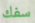
سفك